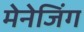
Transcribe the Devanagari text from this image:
मेनेजिंग